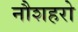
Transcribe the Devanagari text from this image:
नौशहरो